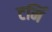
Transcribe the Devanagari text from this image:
टर्मि